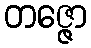
တဇ္ဇော